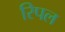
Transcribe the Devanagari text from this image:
रिपल